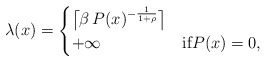
\begin{align*}\lambda(x) = \begin{cases} \bigl\lceil \beta\,P(x)^{-\frac{1}{1+\rho}}\bigr\rceil& \\+\infty& \text{if$P(x)=0$,}\end{cases}\end{align*}